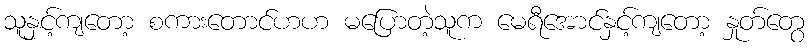
သူနှင့်ကျတော့ စကားတောင်ဟဟ မပြောတဲ့သူက မေရီအောင်နှင့်ကျတော့ နှုတ်တွေ